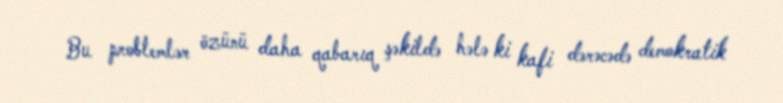
Bu problemlər özünü daha qabarıq şəkildə hələ ki kafi dərəcədə demokratik